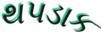
થપડાક